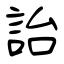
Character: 詒